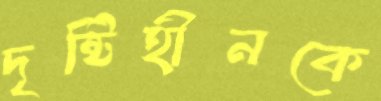
দৃষ্টিহীনকে